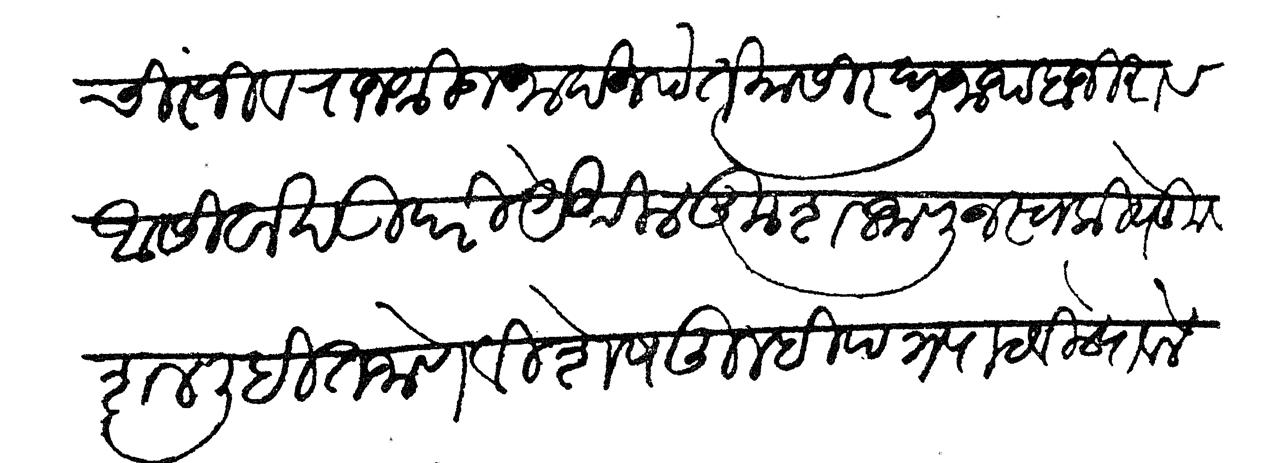
Transliteration (Devanagari): चिरंजीव राजश्री जनार्दन पंत यासी रघुनाथ बाजीराव आसीर्वाद उपरी येथील कुशल जाणून स्वकीये कुशल लिहित जाणे विशेष तुम्ही पत्र पाठविले पावले